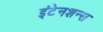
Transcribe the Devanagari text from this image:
इंटेनशन्स